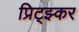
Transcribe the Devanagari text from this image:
प्रिट्झ्कर